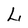
Character: L